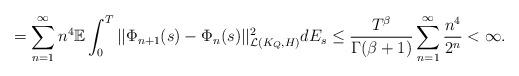
LaTeX: \begin{align*}= \sum_{n=1}^{\infty} n^4 \mathbb{E} \int_0^T ||\Phi_{n+1}(s)- \Phi_{n}(s)||^2_{\mathcal{L}(K_Q,H)} dE_s \leq \frac{T^{\beta}}{\Gamma(\beta+1)}\sum_{n=1}^{\infty} \frac{n^4}{2^n} < \infty. \end{align*}